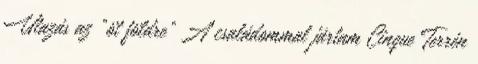
Utazás az “öt földre” A családommal jártam Cinque Terrén